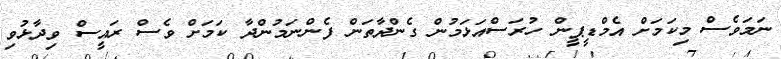
ނަމަވެސް މިކަމަށް އެމްޑީޕީން ހުރަސްއަޅަމުން ގެންދާތަން ފެންނަމުންދާ ކަމަށް ވެސް ރައީސް ވިދާޅުވި